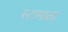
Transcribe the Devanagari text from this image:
स्टामाठा